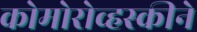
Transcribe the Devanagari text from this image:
कोमोरोव्हस्कीने